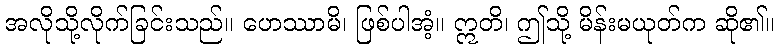
အလိုသို့လိုက်ခြင်းသည်။ ဟေဿာမိ၊ ဖြစ်ပါအံ့။ ဣတိ၊ ဤသို့ မိန်းမယုတ်က ဆို၏။